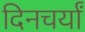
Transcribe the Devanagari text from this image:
दिनचर्यां